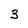
Character: 3